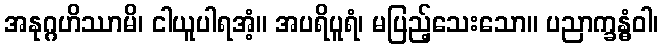
အနုဂ္ဂဟိဿာမိ၊ ငါယူပါရအံ့။ အပရိပူရံ၊ မပြည့်သေးသော။ ပညာက္ခန္ဓံဝါ၊